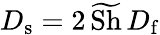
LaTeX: D_{\mathrm{s}}=2\, \widetilde{\mathrm{Sh}}\, D_{\mathrm{f}}